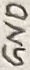
Text: GND